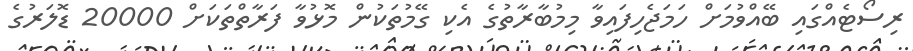
ރިސޯޓެއްގައި ބޭއްވުމަށް ހަމަޖެހިފައިވާ މިމުބާރާތުގެ އެކި ގޭމުތަކުން މޮޅުވާ ފަރާތްތަކަށް 20000 ޑޮލަރުގެ